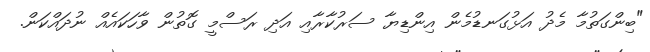
"ބިންގަތުމާ މެދު އަޅުގަނޑުމެން އިންޑިޔާ ސަރުކާރާއި އަދި ރަސްމީ ގޮތުން ވާހަކައެއް ނުދައްކަން.